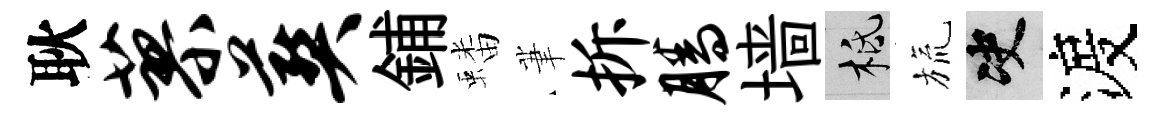
耿蓼葬鋪蟠茟拆腾墙柢旒决渡